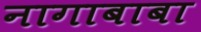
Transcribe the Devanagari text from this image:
नागाबाबा